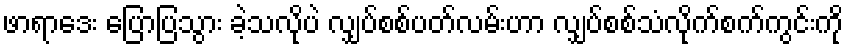
ဖာရာဒေး ပြောပြသွား ခဲ့သလိုပဲ လျှပ်စစ်ပတ်လမ်းဟာ လျှပ်စစ်သံလိုက်စက်ကွင်းကို